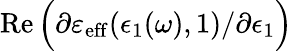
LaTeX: \operatorname{Re}\Big(\partial\varepsilon_{\mathrm{eff}}(\epsilon_{1}(\omega),1)/\partial\epsilon_{1}\Big)